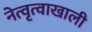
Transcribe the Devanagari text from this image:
नेत्वृत्वाखाली